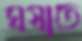
ঘষাতে